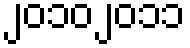
၂၀၁၀၂၀၁၁